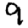
Digit: 9